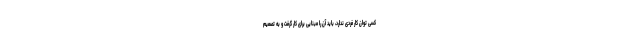
کسی توان کار فردی ندارد، باید آن را مبنایی برای کار گرفت و به تصمیم